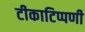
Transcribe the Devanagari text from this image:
टीकाटिप्पणी